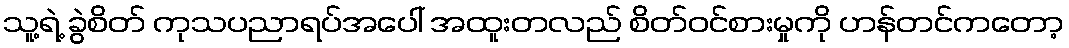
သူ့ရဲ့ ခွဲစိတ် ကုသပညာရပ်အပေါ် အထူးတလည် စိတ်ဝင်စားမှုကို ဟန်တင်ကတော့